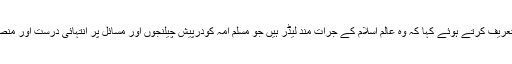
صدر مملکت نے ترک رجب طیب اردوآن کی جرات مندانہ قیادت کی تعریف کرتے ہوئے کہا کہ وہ عالم اسلام کے جرات مند لیڈر ہیں جو مسلم امہ کودرپیش چیلنجوں اور مسائل پر انتہائی درست اور منصفانہ موقف اختیار کرتے ہیں جن سے مسائل کے حل میں مدد ملتی ہے۔